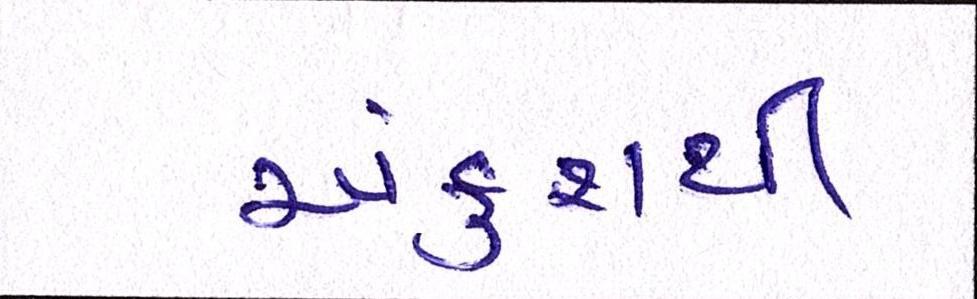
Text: અંકુશથી